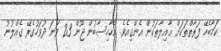
ކަމާބެހޭ ފަރާތްތަކަށް ޢާއިލާތަކުން އެންގިއެވެ. އެހާހިސާބުން ޖޫން 23 ވަނަ ދުވަހުގެރޭ ގެއްލުނު